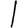
Digit: 1